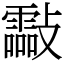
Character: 㪮